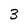
Character: 3